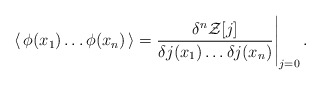
\begin{align*}\langle\, \phi(x_1)\dots\phi(x_n) \,\rangle= \frac{\delta^n {\cal Z}[j]}{\delta j(x_1) \dots \delta j(x_n) }\Bigg|_{j=0} \,.\end{align*}